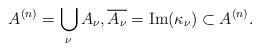
LaTeX: \begin{align*}A^{(n)} = \bigcup_\nu A_\nu, \overline{A_\nu} = \mathrm{Im}(\kappa_\nu) \subset A^{(n)}.\end{align*}